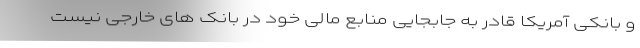
و بانکی آمریکا قادر به جابجایی منابع مالی خود در بانک های خارجی نیست